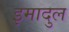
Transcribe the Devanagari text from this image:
इमादुल